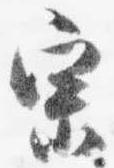
宗